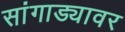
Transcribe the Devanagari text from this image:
सांगाड्यावर